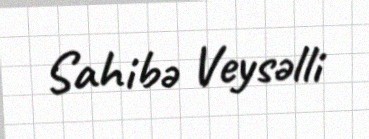
Sahibə Veysəlli